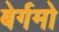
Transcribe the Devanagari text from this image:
बेर्गमो